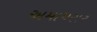
અમાપસર